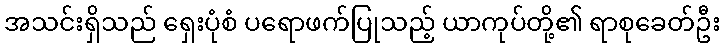
အသင်းရှိသည် ရှေးပုံစံ ပရောဖက်ပြုသည့် ယာကုပ်တို့၏ ရာစုခေတ်ဦး